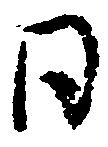
日